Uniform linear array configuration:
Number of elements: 48
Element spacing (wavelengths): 0.75
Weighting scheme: cosine
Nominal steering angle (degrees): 30
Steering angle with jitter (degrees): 30.803
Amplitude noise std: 0.05
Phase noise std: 0.05

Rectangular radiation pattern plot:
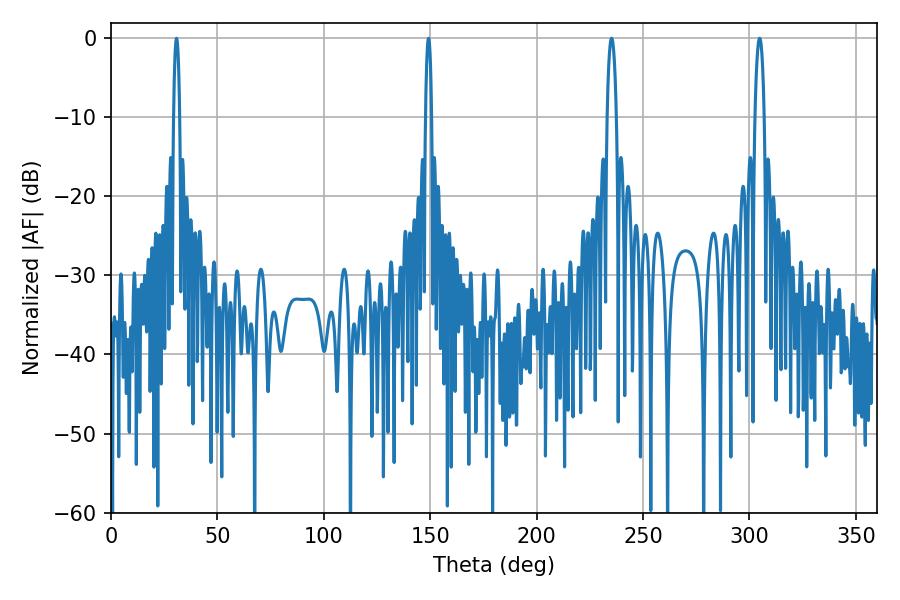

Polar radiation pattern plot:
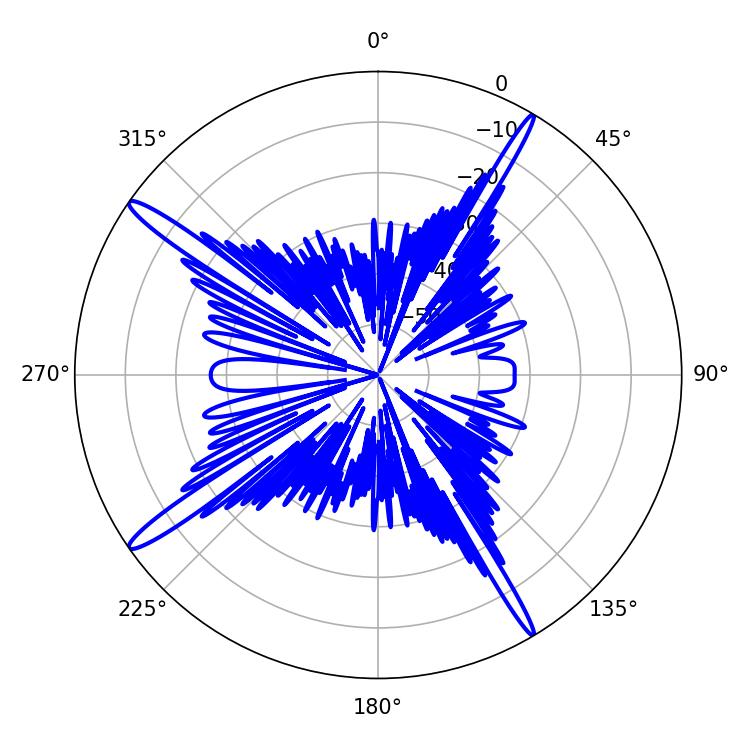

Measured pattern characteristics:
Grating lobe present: TRUE
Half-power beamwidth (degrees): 1.44
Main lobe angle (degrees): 30.78